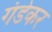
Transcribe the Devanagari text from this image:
गंडेकर